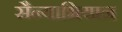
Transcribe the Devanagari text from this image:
सैन्याभियान